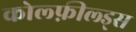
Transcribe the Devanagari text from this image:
कोल्फ़ील्ड्स